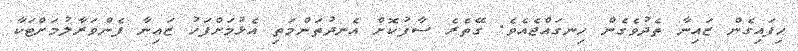
ހިފައިގެން ޒައިނާ ތެދުވެގެން ހިނގައްޖެއެވެ. ގޭތެރެ ސާފުކޮށް އެނދުތަންމަތި އެޅުމަށްފަހު ޒައިނާ ފެންވަރާލުމަށްޓަކާ